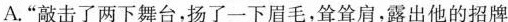
A."敲击了两下舞台，扬了一下眉毛，耸耸肩，露出他的招牌